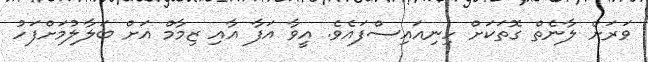
ވަރަށް ލާނެތް ގޮތަކަށް ހިނިއައިސްފައެވެ. އީވާ އަފާ އާއި ޒިމާމް އަށް ބަލާލުމަށްފަހު